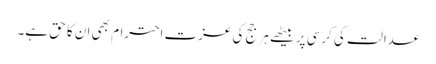
عدالت کی کرسی پر بیٹھے ہر جج کی عزت احترام بھی ان کا حق ہے۔